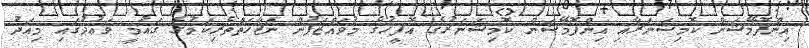
އިންފޮމޭޝަން ކޮމިޝަނަރާއި އިންފޮމޭޝަން ކޮމިޝަނަރުގެ އޮފީހުގެ މުވައްޒަފުން ނަޒާހަތްތެރިކަމުގެ ޤައުމީ ވަޢުދުގައި މިއަދު